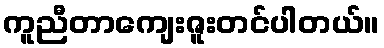
ကူညီတာကျေးဇူးတင်ပါတယ်။